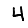
Digit: 4